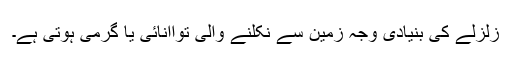
زلزلے کی بنیادی وجہ زمین سے نکلنے والی تواانائی یا گرمی ہوتی ہے۔